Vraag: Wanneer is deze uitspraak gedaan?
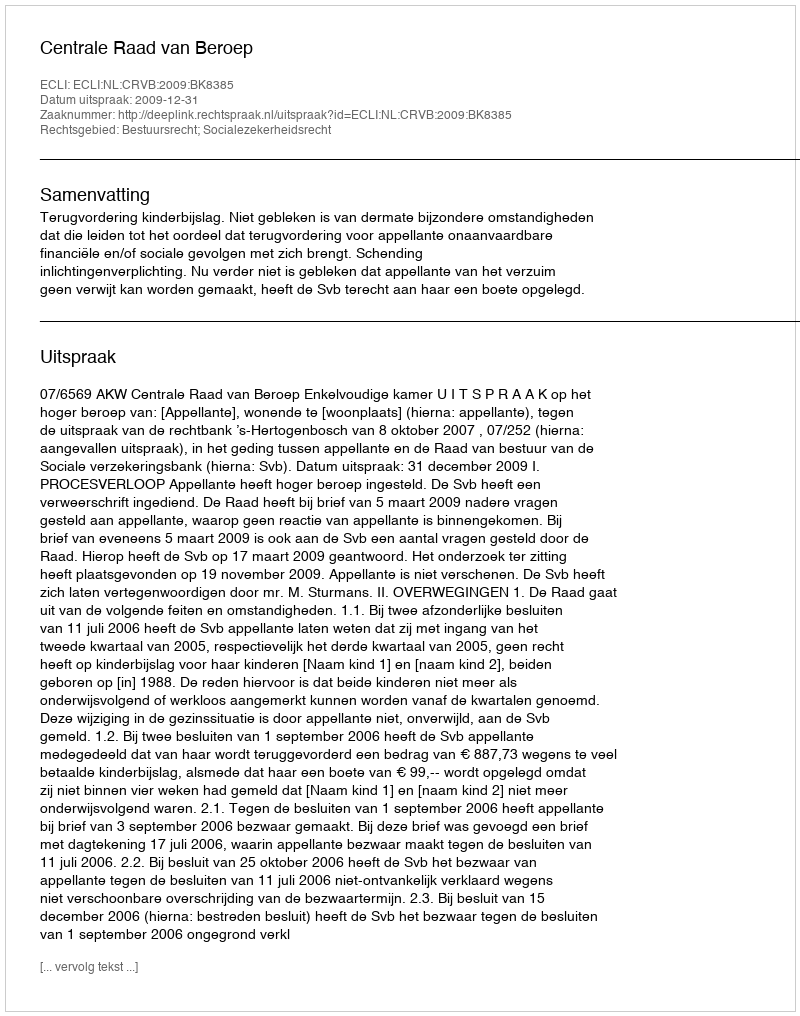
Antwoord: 2009-12-31